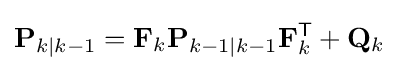
{\mathbf {P} }_{k\mid k-1}=\mathbf {F} _{k}\mathbf {P} _{k-1\mid k-1}\mathbf {F} _{k}^{\textsf {T}}+\mathbf {Q} _{k}